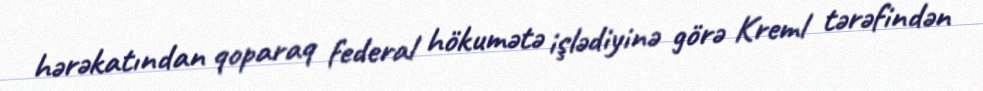
hərəkatından qoparaq federal hökumətə işlədiyinə görə Kreml tərəfindən